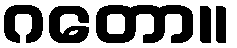
ဂတော။